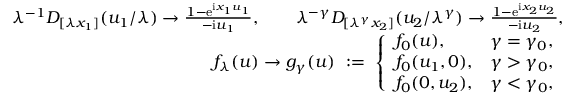
\begin{array} { r l r } & { } & { \lambda ^ { - 1 } D _ { [ \lambda x _ { 1 } ] } ( u _ { 1 } / \lambda ) \to \frac { 1 - \mathrm e ^ { \mathrm i x _ { 1 } u _ { 1 } } } { - \mathrm i u _ { 1 } } , \qquad \lambda ^ { - \gamma } D _ { [ \lambda ^ { \gamma } x _ { 2 } ] } ( u _ { 2 } / \lambda ^ { \gamma } ) \to \frac { 1 - \mathrm e ^ { \mathrm i x _ { 2 } u _ { 2 } } } { - \mathrm i u _ { 2 } } , } \\ & { } & { f _ { \lambda } ( \boldsymbol { u } ) \to g _ { \gamma } ( \boldsymbol { u } ) \ : = \ \left\{ \begin{array} { l l } { f _ { 0 } ( \boldsymbol { u } ) , } & { \gamma = \gamma _ { 0 } , } \\ { f _ { 0 } ( u _ { 1 } , 0 ) , } & { \gamma > \gamma _ { 0 } , } \\ { f _ { 0 } ( 0 , u _ { 2 } ) , } & { \gamma < \gamma _ { 0 } , } \end{array} \right. } \end{array}